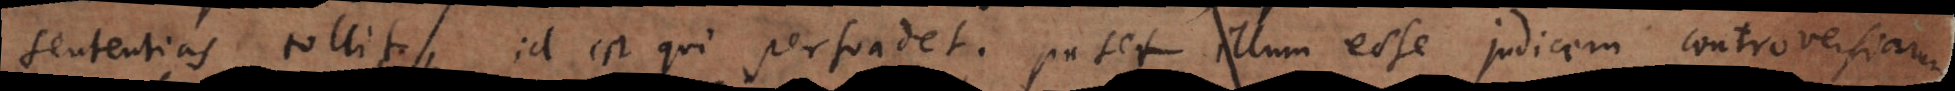
sententias tollit, id est qui persuadet; patet illum esse judicem controversiaru